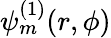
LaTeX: \psi_{m}^{(1)}(r,\phi)